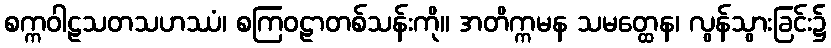
စက္ကဝါဠသတသဟဿံ၊ စကြဝဠာတစ်သန်းကို။ အတိက္ကမန သမတ္ထေန၊ လွန်သွားခြင်း၌